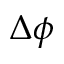
\Delta \phi